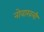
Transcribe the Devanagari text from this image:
नोवाखली